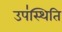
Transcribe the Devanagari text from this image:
उप॑स्थिति